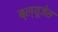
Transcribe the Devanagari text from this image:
ब्ल्यूजेस